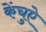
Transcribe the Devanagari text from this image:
केंचुऐ